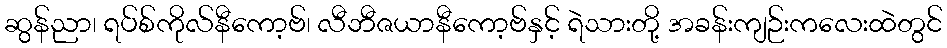
ဆွန်ညာ၊ ရပ်စ်ကိုလ်နီကော့ဗ်၊ လီဘီဇယာနီကော့ဗ်နှင့် ရဲသားတို့ အခန်းကျဉ်းကလေးထဲတွင်